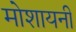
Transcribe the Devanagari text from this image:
मोशायनी